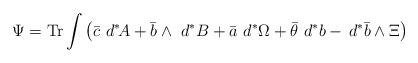
LaTeX: \begin{align*}\Psi={\rm Tr}\int\left(\bar c\,\,d^\ast\!\!\,A+\bar b\wedge\,\,d^\ast\,\!B+\bar a\,\,d^\ast\!\, \Omega+\bar\theta\,\,d^\ast\,\!b-\,d^\ast\,\!\bar b\wedge\Xi\right)\end{align*}